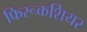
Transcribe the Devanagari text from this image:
फिरूकशियर